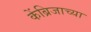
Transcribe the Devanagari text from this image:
केंब्रिजाच्या